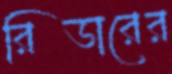
রিডারের